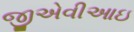
જીએવીઆઇ